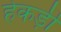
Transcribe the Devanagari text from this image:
हेकड़ी